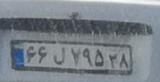
۶۶ل۷۹۵۳۸